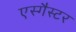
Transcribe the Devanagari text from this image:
एस्गैस्टर